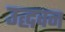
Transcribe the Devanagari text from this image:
उद्धवन